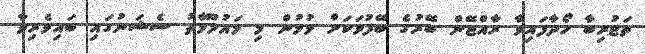
ތަޖުރިބާ ހޯދާފައިވާ ރާއްޖޭން ބޭރުގެ ބޭފުޅަކަށް ވުމުން މި މައުލޫމާތު ސެޝަނުގައި ބައިވެރިވާ